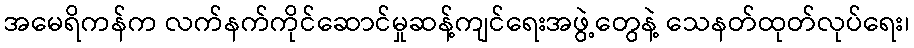
အမေရိကန်က လက်နက်ကိုင်ဆောင်မှုဆန့်ကျင်ရေးအဖွဲ့တွေနဲ့ သေနတ်ထုတ်လုပ်ရေး၊